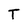
Character: T